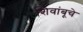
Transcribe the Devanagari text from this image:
शिवांबूचे